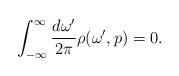
LaTeX: \begin{align*}\int_{-\infty}^{\infty} \frac{d\omega'}{2\pi} \rho (\omega',p)=0.\end{align*}